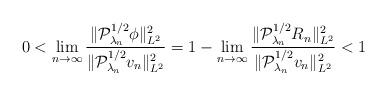
LaTeX: \begin{align*}0<\lim_{n\to\infty} \frac{\|\mathcal{P}_{\lambda_n}^{1/2}\phi\|_{L^2}^2}{\|\mathcal{P}_{\lambda_n}^{1/2}v_n\|_{L^2}^2}=1-\lim_{n\to\infty}\frac{\|\mathcal{P}_{\lambda_n}^{1/2}R_n\|_{L^2}^2}{\|\mathcal{P}_{\lambda_n}^{1/2}v_n\|_{L^2}^2}<1\end{align*}